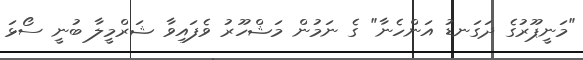
"މަނީޕޫރުގެ ދަގަނޑު އަންހެނާ" ގެ ނަމުން މަޝްހޫރު ވެފައިވާ ޝަރްމީލާ ބުނީ ސޯޅަ